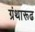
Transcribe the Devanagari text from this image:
ग्रंथारूढ